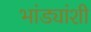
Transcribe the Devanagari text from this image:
भांड्यांशी